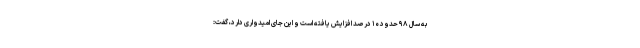
به سال ۹۸ حدود ۱۰ درصد افزایش یافته است و این جای امیدواری دارد، گفت: